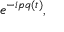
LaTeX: e ^ { - i p q ( t ) } ,